Calcutta medical institutions reports 1892-1900
Year: 1892
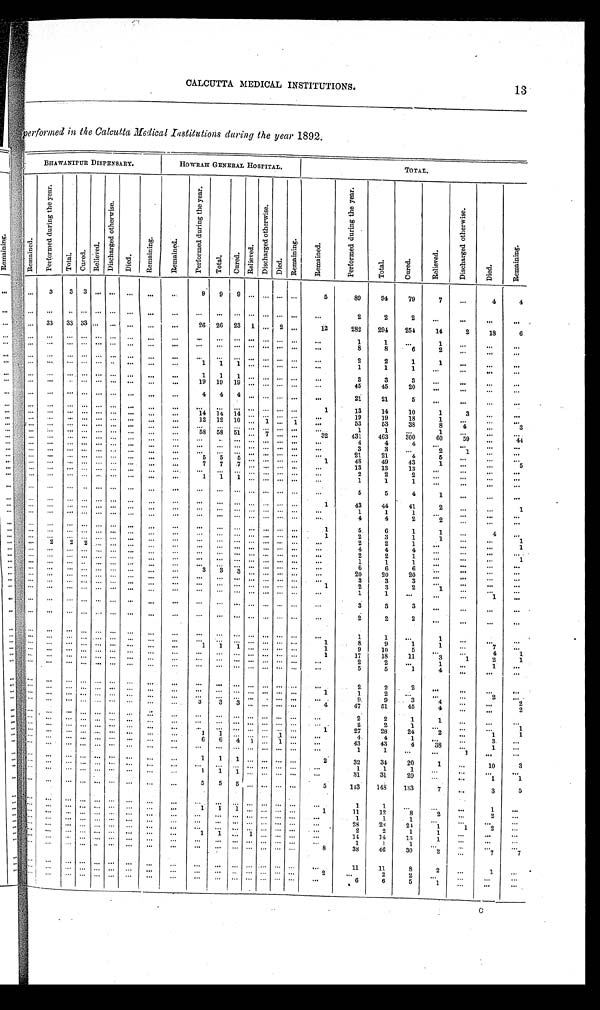
CALCUTTA MEDICAL INSTITUTIONS.
performed in the Calcutta Medical Institutions during the year 1892.
BHAWANIPUR DISPENSARY.
HOWRAH GENERAL HOSPITAL.
TOTAL.
R e m a i n e d .
P e r f o r m e d d u r i n g t h e y e a r .
Tot al . C u r e d .
R e l i e v e d .
D i s c h a r g e d O t h e r w i s e .
D i e d .
R e m a i n i n g .
R e m a i n e d .
P e r f o r m e d d u r i n g t h e y e a r .
T o t a l .
C u r e d .
R e l i e v e d .
D i s c h a r g e d o t h e r w i s e .
D i e d .
R e m a i n i n g . R e m a i n e d .
P e r f o r m e d d u r i n g t h e y e a r .
T o t a l .
C u r e d .
R e l i e v e d .
D i s c h a r g e d o t h e r w i s e .
D i e d .
R e m a i n i n g
3 3 3
9
9
9
5
89
94
79
7
4
4
2
2
2
33 33 33
26 26 23 1
2
12
282 294 254
14
2
18
6
1
1
1
8
8
6
2
2
2
1
1
1
1 1
1
1
1
.
1 1
1
3
3
3
19 19 19
45
45
2 0
4 4 4
21
21
5
1
13
14
10
1
3
14 14 14
19
19
18
1
12 12 10
1
1
53
53
38
8 4
3
1
1
1
58 58 51
7
32
431 463
3 0 0
6 0 59
4 4
4
4
4
3
3
2
1
21
21
4
5
5 5 5
1
48
49
43
1
5
7 7 7
13
13
13
2
2
2
1
1
1
5
5
4
1
1
43
44
41
2
1
4
4
2
2
1
5
6
1
1
4
1
2
3
1
1
2 2
2
2
2
1
1
4
4
4
2
2
1
1
1
1
1
6
6
6
3 3 3
20
20
20
3
3
3
1
2
3
2
1
1
1
1
3
3
3
2
2
2
1
1
1
1
8
9
1
1
7
1 1 1
1
9
10
5
4 1
1
17
18
11
3
1
2
1
2
2
1
1
5
5
1
4
2
2
2
1
1
2
2
9
9
3
4
2
3
3 3
4
47
51
45
4
2
2
2
1
1
2
2
1
1
1
27
28
24
2
1 1
1 1
1
1
4
4
1
3
6 6 4 1
1
43
43
4 38
1
1
1
1
1 1 1
2
32
34
20
1
10 3
1
1
1
1 1 1
31
31
29
1 1
5 5
5
5
143 148 133
7
3
5
1
1
1
1 1 1
1
11
12
8
2
2
1
1
1
28
2 8
24
1
1
2
2
2
1
1
1 1 1
1 4
1 4
13
1
1
1
1
8
38
46
30
2
7
7
11
11
8
2
1
2
2
2
...
6
6
5
1
C
13